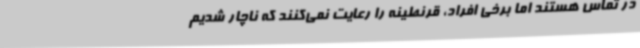
در تماس هستند اما برخی افراد، قرنطینه را رعایت نمی‌کنند که ناچار شدیم